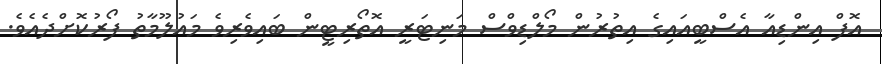
އޮފް އިންޑިއާ އެސްބީއައިގެ އިތުރުން މޯލްޑިވްސް މަނިޓަރީ އޮތޯރިޓީން ބައިވެރިވެ މައުލޫމާތު ފޯރުކޮށްދެއެވެ.